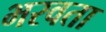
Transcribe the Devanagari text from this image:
भरवता